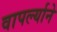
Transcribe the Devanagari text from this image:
वापर्ल्याने